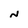
Character: N